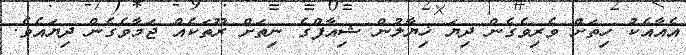
އެއާއެކު ހިތަށް ވެރިވެގެން ދިޔަ ޚިޔާލުން ޝިއާފްގެ ނިތަށް ރޫތަކެއް ޖަމާވެގެން ދިޔައެވެ.